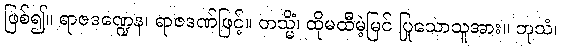
ဖြစ်၍။ ရာဇဒဏ္ဍေန၊ ရာဇဒဏ်ဖြင့်။ တသ္မိံ၊ ထိုမထီမဲ့မြင် ပြုသောသူအား။ ဘုသံ၊